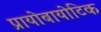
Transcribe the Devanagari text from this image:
प्रायोबायोटिक